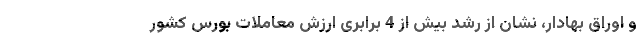
و اوراق بهادار، نشان از رشد بیش از 4 برابری ارزش معاملات بورس کشور